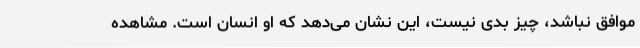
موافق نباشد، چیز بدی نیست، این نشان می‌دهد که او انسان است. مشاهده